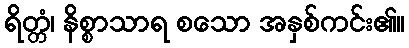
ရိတ္တံ၊ နိစ္စာသာရ စသော အနှစ်ကင်း၏။